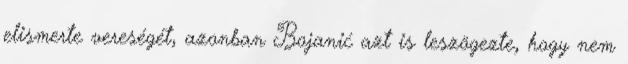
elismerte vereségét, azonban Bojanić azt is leszögezte, hogy nem